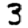
Digit: 3